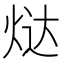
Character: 𬊉